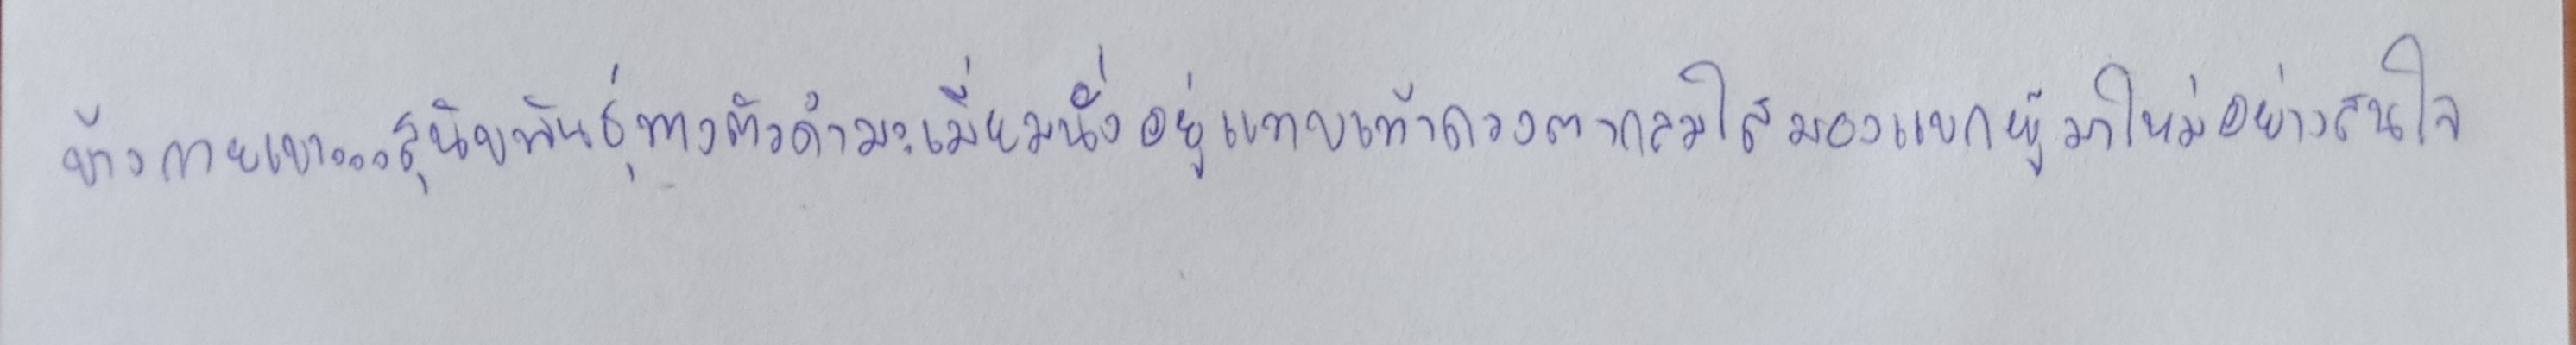
ข้างกายเขา...สุนัขพันธุ์ทางตัวดำมะเมี่ยมนั่งอยู่แทบเท้าดวงตากลมใสมองแขกผู้มาใหม่อย่างสนใจ